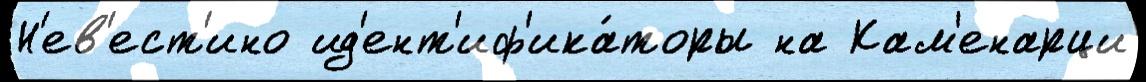
Н'ев'ест'ино ид'ент'иф'ика́торы на Кам'енарци